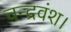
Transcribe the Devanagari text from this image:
चन्द्रवंश।